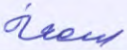
سمعه